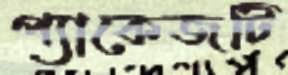
প্যাকেজটি